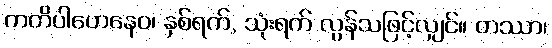
ကတိပါဟေနေဝ၊ နှစ်ရက်, သုံးရက် လွန်သဖြင့်လျှင်။ တဿာ၊